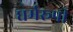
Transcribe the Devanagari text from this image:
धर्मरूपी